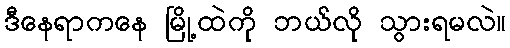
ဒီနေရာကနေ မြို့ထဲကို ဘယ်လို သွားရမလဲ။